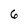
Character: 6